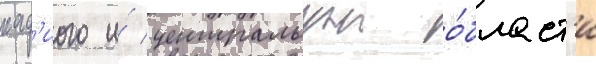
кад'иого и́ центральнои о́бласт'и